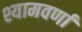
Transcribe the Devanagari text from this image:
श्यामवर्णां